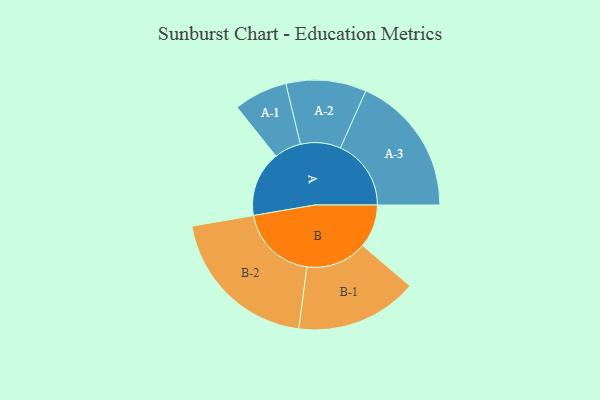
{"axis": {"x": "Segment", "y": "Value"}, "legend": ["", "A", "B"], "data": [{"x": "A", "y": 251, "type": ""}, {"x": "B", "y": 166, "type": ""}, {"x": "A-1", "y": 103, "type": "A"}, {"x": "A-2", "y": 154, "type": "A"}, {"x": "A-3", "y": 271, "type": "A"}, {"x": "B-1", "y": 234, "type": "B"}, {"x": "B-2", "y": 299, "type": "B"}]}